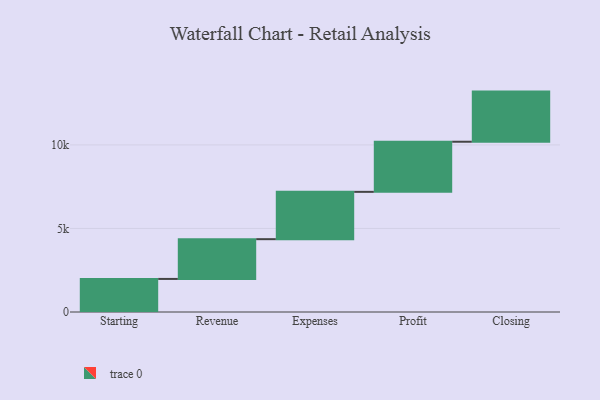
{"axis": {"x": "Step", "y": "Value"}, "legend": [""], "data": [{"x": "Starting", "y": 1979.0, "type": ""}, {"x": "Revenue", "y": 2380.0, "type": ""}, {"x": "Expenses", "y": 2832.0, "type": ""}, {"x": "Profit", "y": 3000, "type": ""}, {"x": "Closing", "y": 3000, "type": ""}]}